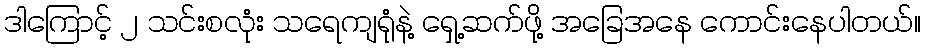
ဒါကြောင့် ၂ သင်းစလုံး သရေကျရုံနဲ့ ရှေ့ဆက်ဖို့ အခြေအနေ ကောင်းနေပါတယ်။